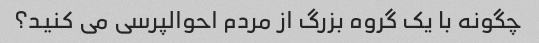
چگونه با یک گروه بزرگ از مردم احوالپرسی می کنید؟